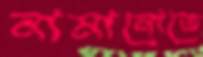
নামানোতে